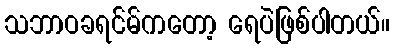
သဘာဝခရင်မ်ကတော့ ရေပဲဖြစ်ပါတယ်။